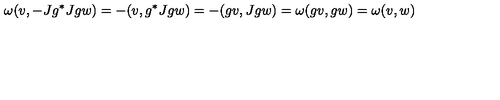
\omega ( v , - J g ^ { * } J g w ) = - ( v , g ^ { * } J g w ) = - ( g v , J g w ) = \omega ( g v , g w ) = \omega ( v , w )